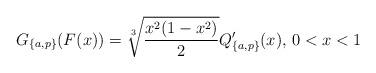
LaTeX: \begin{align*}G_{\{a,p\}}(F(x))=\sqrt[3]{\frac{x^2(1-x^2)}{2}}Q'_{\{a,p\}}(x)\textrm{, }0<x<1\end{align*}